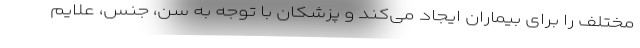
مختلف را برای بیماران ایجاد می‌کند و پزشکان با توجه به سن، جنس، علایم